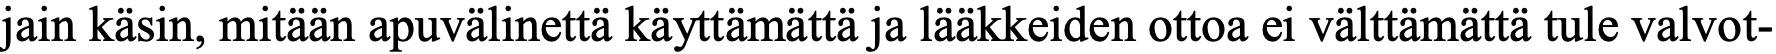
jain käsin, mitään apuvälinettä käyttämättä ja lääkkeiden ottoa ei välttämättä tule valvot-